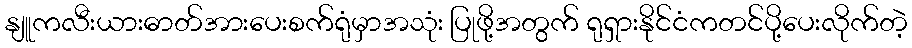
နျူကလီးယားဓာတ်အားပေးစက်ရုံမှာအသုံး ပြုဖို့အတွက် ရုရှားနိုင်ငံကတင်ပို့ပေးလိုက်တဲ့